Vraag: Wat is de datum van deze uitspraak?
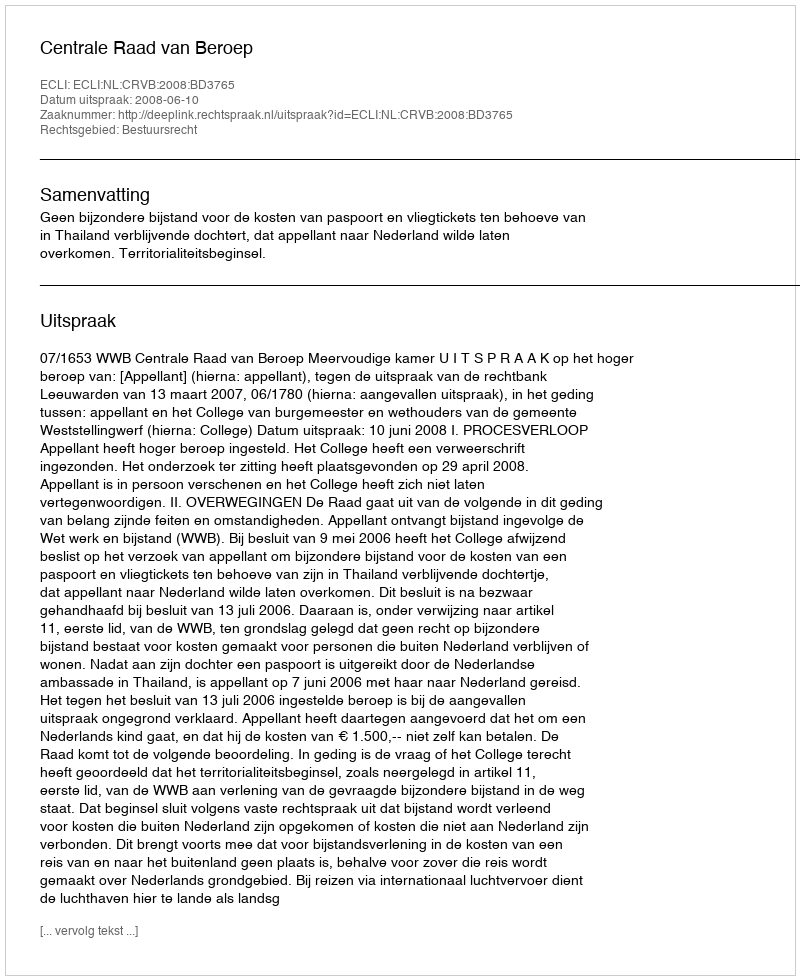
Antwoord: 2008-06-10